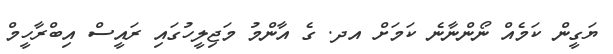
ޔަގީން ކަމެއް ނޯންނާނެ ކަމަށް އދ. ގެ އާންމު މަޖިލީހުގައި ރައީސް އިބްރާހީމް